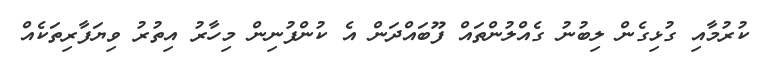
ކުރުމާއި ގުޅިގެން ލިބުނު ގެއްލުންތައް ފޫބައްދަން އެ ކުންފުނިން މިހާރު އިތުރު ވިޔަފާރިތަކެއް